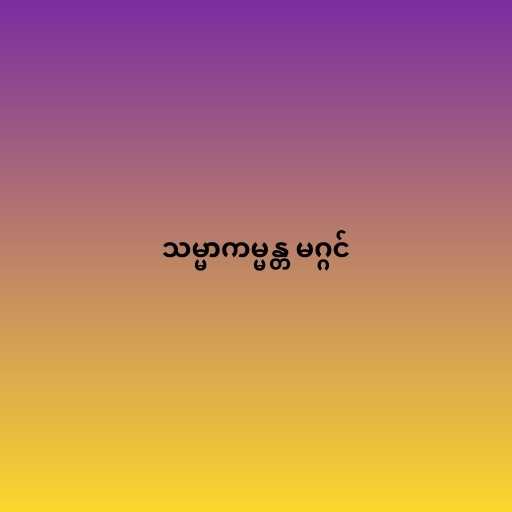
သမ္မာကမ္မန္တ မဂ္ဂင်